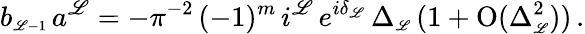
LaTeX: b_{\scriptscriptstyle{\mathscr{L}-1}}\, a^{\mathscr{L}}=-\pi^{-2}\, (-1)^{m}\, i^{\mathscr{L}}\, e^{i\delta_{\scriptscriptstyle{\mathscr{L}}}}\, \Delta_{\scriptscriptstyle{\mathscr{L}}}\, (1+\mathrm{{O}}(\Delta_{\scriptscriptstyle{\mathscr{L}}}^{2}))\, .